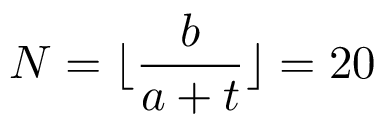
N = \lfloor \frac { b } { a + t } \rfloor = 2 0